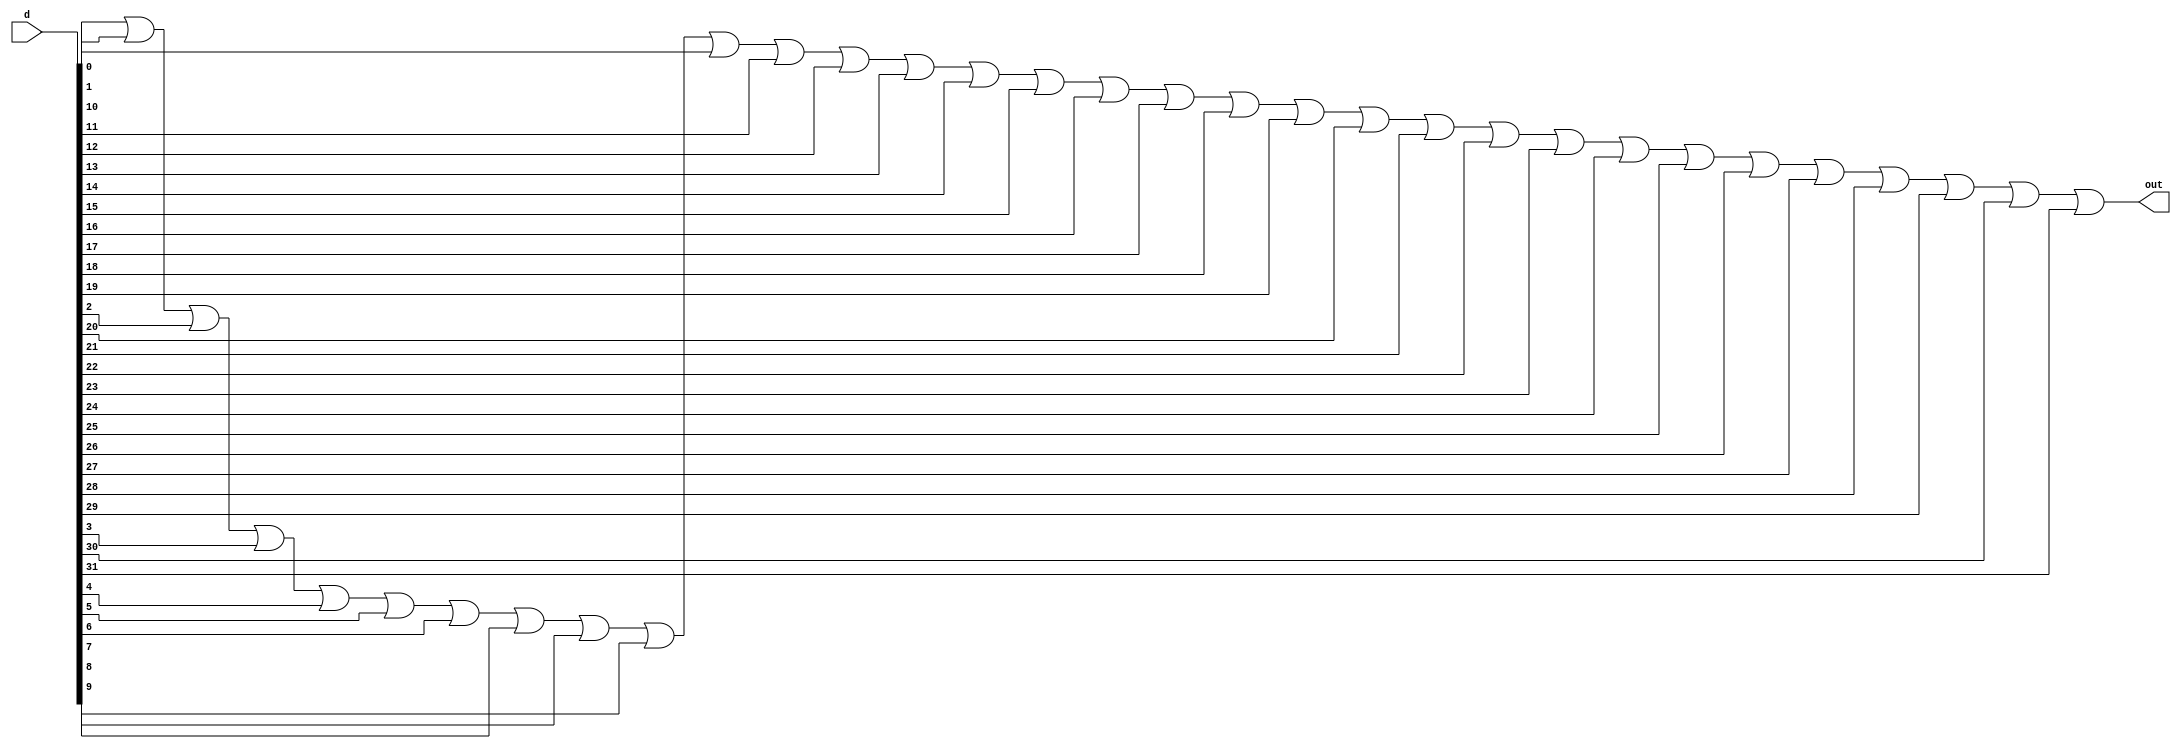
module isNotZero(out,d);
	input[31:0] d; //data
	output out;
	
	or _bigOR(out,d[0],d[1],d[2],d[3],d[4],d[5],d[6],d[7],d[8],d[9],d[10],d[11],d[12],d[13],d[14],d[15],d[16],d[17],d[18],d[19],d[20],d[21],d[22],d[23],d[24],d[25],d[26],d[27],d[28],d[29],d[30],d[31]);
	
endmodule